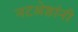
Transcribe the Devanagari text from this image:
नटश्रेष्ठांनी